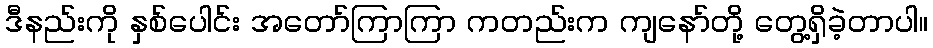
ဒီနည်းကို နှစ်ပေါင်း အတော်ကြာကြာ ကတည်းက ကျနော်တို့ တွေ့ရှိခဲ့တာပါ။